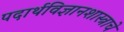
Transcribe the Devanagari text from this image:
पदार्थविज्ञानशास्त्राचे